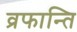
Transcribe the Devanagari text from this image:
व्रफान्ति